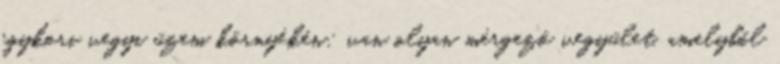
egykori vegyi üzem környékén: van olyan mérgező vegyület, amelyből